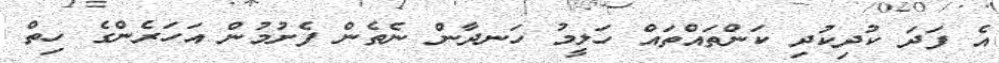
އެ ފަދަ ކުދިކުދި ކަންތައްތައް ހަލީމު ހަނދާން ނެތެން ފެށުމުން އަހަރެންގެ ހިތް